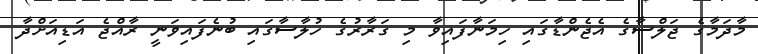
މާދަމާގެ ޖަލްސާގެ އެޖެންޑާގައި ހިމަނާފައިވާ މި ގަރާރުގެ ހުލާސާގައި ބުނެފައިވަނީ ރާއްޖެ އަޑިއަށްދާ